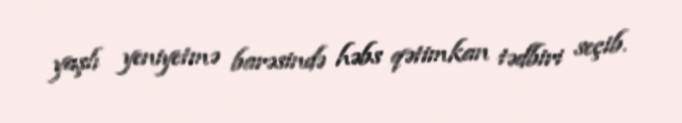
yaşlı yeniyetmə barəsində həbs qətimkan tədbiri seçib.